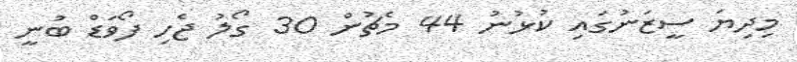
މިދިޔަ ސީޒަނުގައި ކުޅުނު 44 މެޗުން 30 ގޯލު ޖެހި ފޯވަޑް ބުނީ